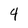
Character: 4